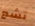
تشع